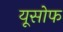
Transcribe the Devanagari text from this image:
यूसोफ